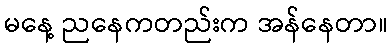
မနေ့ ညနေကတည်းက အန်နေတာ။